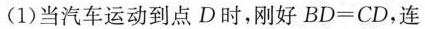
(1)当汽车运动到点D时，刚好$$B D = C D$$，连